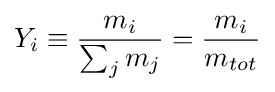
Y_{i}\equiv {\frac {m_{i}}{\sum _{j}m_{j}}}={\frac {m_{i}}{m_{tot}}}